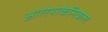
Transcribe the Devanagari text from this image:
ओलेयोकेमिकल